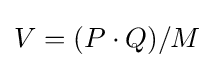
V=(P\cdot Q)/M